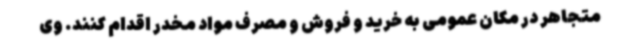
متجاهر در مکان عمومی به خرید و فروش و مصرف مواد مخدر اقدام کنند. وی